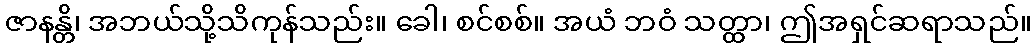
ဇာနန္တိ၊ အဘယ်သို့သိကုန်သည်း။ ခေါ၊ စင်စစ်။ အယံ ဘဝံ သတ္ထာ၊ ဤအရှင်ဆရာသည်။